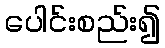
ပေါင်းစည်း၍